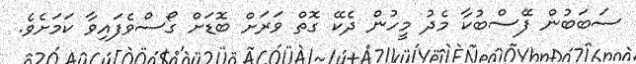
ސަބަބުން ފޭސްބުކާ މެދު މީހުން ދެކޭ ގޮތް ވަރަށް ބޮޑަށް ގޯސްވެފައިވާ ކަމަށެވެ.